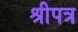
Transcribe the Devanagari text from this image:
श्रीपत्र